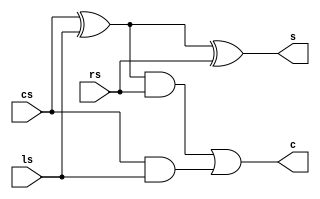
module adder (cs,ls,rs,c,s);
	input cs, ls, rs;
	output c, s;
	wire w0,w1,w2;
	
	assign w0 = cs ^ ls;
	assign w1 = w0 & rs;
	assign w2 = cs & ls;
	
	assign s = w0 ^ rs;
	assign c = w1 | w2;
	
endmodule